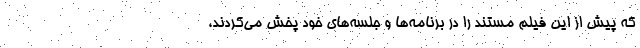
که پیش از این فیلم مستند را در برنامه‌ها و جلسه‌های خود پخش می‌کردند،